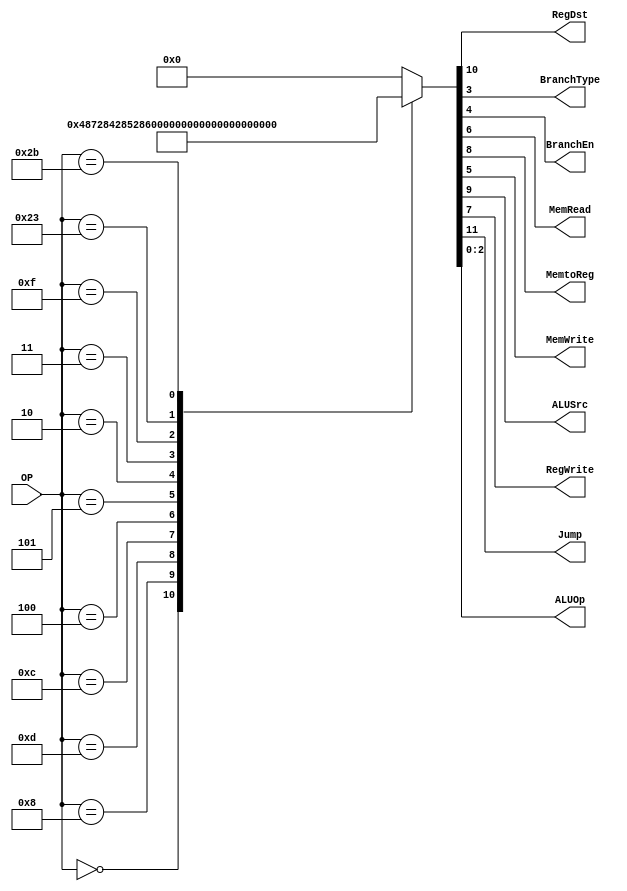
/******************************************************************
* Description
*	This is control unit for the MIPS processor. The control unit is 
*	in charge of generation of the control signals. Its only input 
*	corresponds to opcode from the instruction.
*	1.0
* Author:
*	Dr. Jos Luis Pizano Escalante
* email:
*	luispizano@iteso.mx
* Date:
*	01/03/2014
******************************************************************/
module Control
(
	input [5:0] OP,
	
	output RegDst,

	output BranchType, // 1 beq, 0 bne
	output BranchEn,
	output MemRead,

	output MemtoReg,
	output MemWrite,

	output ALUSrc,
	output RegWrite,

	output Jump,

	output [2:0] ALUOp
);
localparam R_Type      = 6'h 00;


localparam I_Type_ADDI = 6'h 08;
localparam I_Type_ORI  = 6'h 0D;
localparam I_Type_ANDI = 6'h 0C;
localparam I_Type_LUI  = 6'h 0F;

localparam I_Type_BEQ  = 6'h 04;
localparam I_Type_BNE  = 6'h 05; 

localparam I_Type_LW   = 6'h 23;
localparam I_Type_SW   = 6'h 2B;

localparam J_Type_J    = 6'h 02;
localparam J_Type_JAL  = 6'h 03;  

reg [11:0] ControlValues;

always@(OP) begin
	casex(OP)
	            //  Jump     RegDst  ALUsrc   MemToReg    RegWrite    MemRead    MemWrite   BranchEn    BranchType   ALUOp
		R_Type     :  ControlValues = 12'b 0_1_001_00_00_111;

		I_Type_ADDI:  ControlValues = 12'b 0_0_101_00_00_100;
		I_Type_ORI :  ControlValues = 12'b 0_0_101_00_00_101;
		I_Type_ANDI:  ControlValues = 12'b 0_0_101_00_00_110; 

		I_Type_BEQ :   ControlValues = 12'b 0_0_000_00_11_001;
		I_Type_BNE :   ControlValues = 12'b 0_0_000_00_10_001;

		J_Type_J   :   ControlValues = 12'b 1_0_000_00_00_010;
		J_Type_JAL :   ControlValues = 12'b 1_0_001_00_00_010;   // we send two as alu op to force no operation      

		I_Type_LUI :   ControlValues = 12'b 0_0_101_00_00_000;
		I_Type_LW  :   ControlValues = 12'b 0_0_111_10_00_011;
		I_Type_SW  :   ControlValues = 12'b 0_0_100_01_00_011;

		default:
			ControlValues= 12'b 000000000000;
		endcase
end	

assign Jump       = ControlValues[11];
assign RegDst     = ControlValues[10];
assign ALUSrc     = ControlValues[9];
assign MemtoReg   = ControlValues[8];
assign RegWrite   = ControlValues[7];
assign MemRead    = ControlValues[6];
assign MemWrite   = ControlValues[5];
assign BranchEn   = ControlValues[4];
assign BranchType = ControlValues[3];
assign ALUOp      = ControlValues[2:0];	

endmodule
//control//